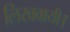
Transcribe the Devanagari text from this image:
लिखवायी।